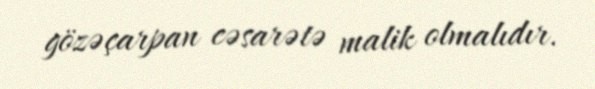
gözəçarpan cəsarətə malik olmalıdır.